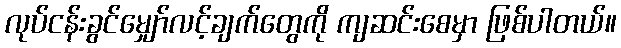
လုပ်ငန်းခွင်မျှော်လင့်ချက်တွေကို ကျဆင်းစေမှာ ဖြစ်ပါတယ်။